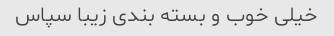
خیلی خوب و بسته بندی زیبا سپاس